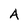
Character: A